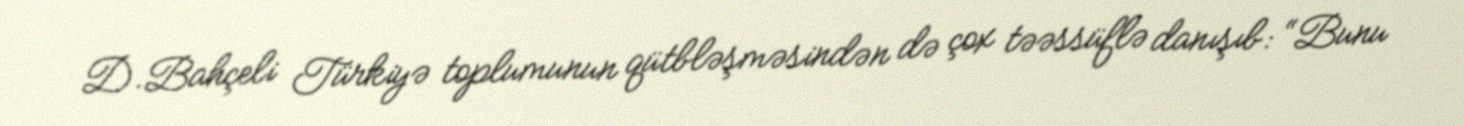
D.Bahçeli Türkiyə toplumunun qütbləşməsindən də çox təəssüflə danışıb: “Bunu